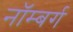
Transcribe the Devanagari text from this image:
नॉम्बर्ग